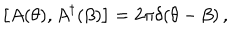
\left[ A ( \theta ) , A ^ { \dagger } ( \beta ) \right] = 2 \pi \delta ( \theta - \beta ) \, ,